Report on sanitation, dispensaries, and jails in Rajputana for 1918, and on vaccination for the year 1918-1919 - 1918-1919
Year: 1918
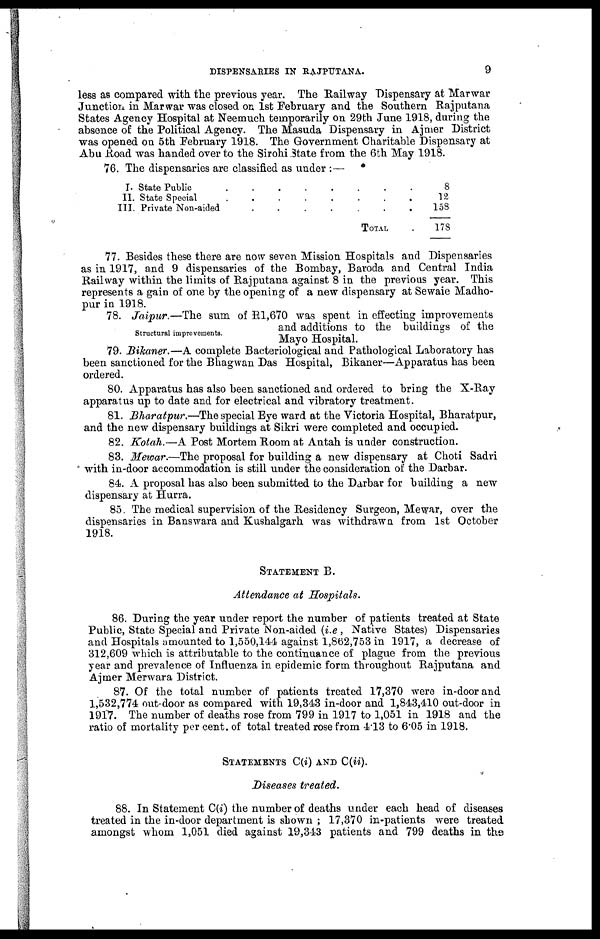
DISPENSARIES IN RAJPUTANA.
9
less as compared with the previous year. The Railway Dispensary at Marwar
Junction in Marwar was closed on 1st February and the Southern Rajputana
States Agency Hospital at Neemuch temporarily on 29th June 1918, during the
absence of the Political Agency. The Masuda Dispensary in Ajmer District
was opened on 5th February 1918. The Government Charitable Dispensary at
Abu Road was handed over to the Sirohi State from the 6th May 1918.
76. The dispensaries are classified as under :—
I.
II.
III.
State Public
........
State Special
........
Private Non-aided
.......
TOTAL .
8
12
158
178
77. Besides these there are now seven Mission Hospitals and Dispensaries
as in 1917, and 9 dispensaries of the Bombay, Baroda and Central India
Railway within the limits of Rajputana against 8 in the previous year. This
represents a gain of one by the opening of a new dispensary at Sewaie Madho¬
pur in 1918.
Structural improvements.
78. Jaipur —The sum of R1,670 was spent in effecting improvements
and additions to the buildings of the
Mayo Hospital.
79. Bikaner.—A complete Bacteriological and Pathological Laboratory has
been sanctioned for the Bhagwan Das Hospital, Bikaner—Apparatus has been
ordered.
80. Apparatus has also been sanctioned and ordered to bring the X-Ray
apparatus up to date and for electrical and vibratory treatment.
81. Bharatpur.—The special Eye ward at the Victoria Hospital, Bharatpur,
and the new dispensary buildings at Sikri were completed and occupied.
82. Kotah.—A Post Mortem Room at Antah is under construction.
83. Mewar.—The proposal for building a new dispensary at Choti Sadri
with in-door accommodation is still under the consideration of the Darbar.
84. A proposal has also been submitted to the Darbar for building a new
dispensary at Hurra.
85. The medical supervision of the Residency Surgeon, Mewar, over the
dispensaries in Banswara and Kushalgarh was withdrawn from 1st October
1918.
STATEMENT B.
Attendance at Hospitals.
86. During the year under report the number of patients treated at State
Public, State Special and Private Non-aided (i.e , Native States) Dispensaries
and Hospitals amounted to 1,550,144 against 1,862,753 in 1917, a decrease of
312,609 which is attributable to the continuance of plague from the previous
year and prevalence of Influenza in epidemic form throughout Rajputana and
Ajmer Merwara District.
87. Of the total number of patients treated 17,370 were in-door and
1,532,774 out-door as compared with 19,343 in-door and 1,843,410 out-door in
1917. The number of deaths rose from 799 in 1917 to 1,051 in 1918 and the
ratio of mortality per cent. of total treated rose from 4.13 to 6.05 in 1918.
STATEMENTS C(i) AND C(ii).
Diseases treated.
88. In Statement C(i) the number of deaths under each head of diseases
treated in the in-door department is shown ; 17,370 in-patients were treated
amongst whom 1,051 died against 19,343 patients and 799 deaths in the